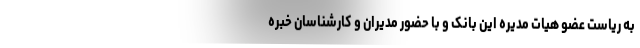
به ریاست عضو هیات مدیره این بانک و با حضور مدیران و کارشناسان خبره